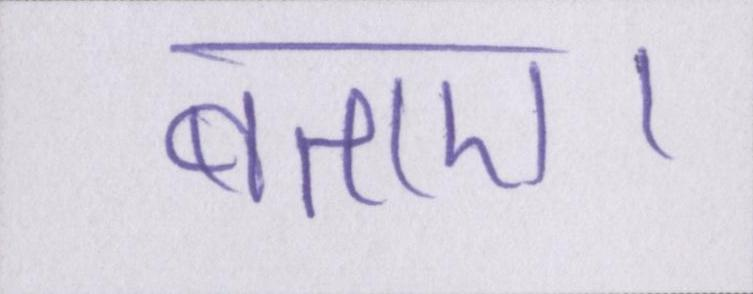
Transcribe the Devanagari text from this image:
बताए।